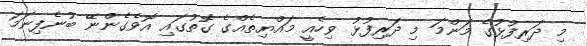
މި ދަރިފުޅުގެ މަންމަ މި ދަރިފުޅު ވިހެއީ މައްޔިތެއްގެ ގޮތުގައި އޮވެގެންނޭ ބުނެފިނަމަ